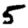
Digit: 5